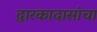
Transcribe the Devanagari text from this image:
द्वारकादासांचा